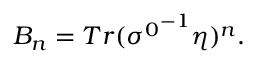
B _ { n } = T r ( { \sigma ^ { 0 } } ^ { - 1 } \eta ) ^ { n } .